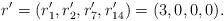
LaTeX: \begin{align*}r'=(r'_1,r'_2,r'_7,r'_{14})=(3, 0, 0, 0).\end{align*}